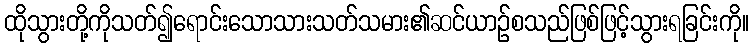
ထိုသွားတို့ကိုသတ်၍ရောင်းသောသားသတ်သမား၏ဆင်ယာဉ်စသည်ဖြစ်ဖြင့်သွားရခြင်းကို။